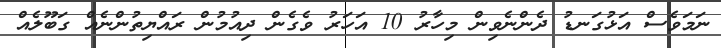
ނަމަވެސް އަޅުގަނޑު ދެންނެވިން މިހާރު 10 އަހަރު ވެގެން ދިއުމުން ރައްޔިތުންނެއް ގަބޫލެއް